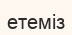
етеміз